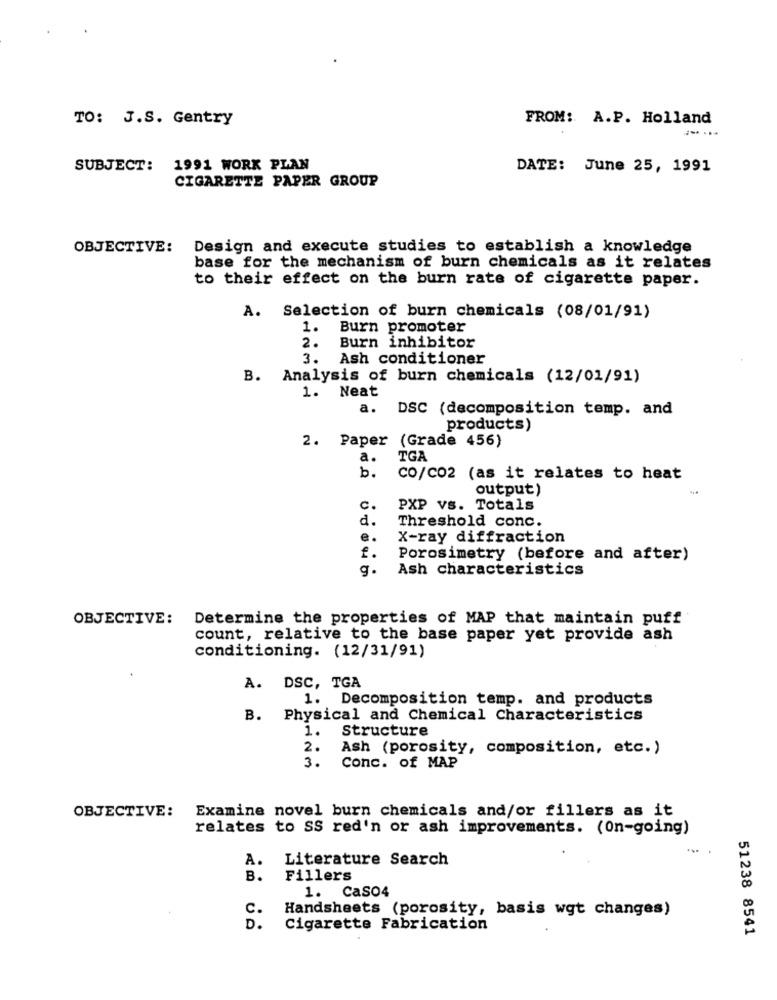
TO: J.S. Gentry
FROM: A.P. Holland
SUBJECT:
1991 WORK PLAN
DATE: June 25, 1991
CIGARETTE PAPER GROUP
OBJECTIVE:
Design and execute studies to establish a knowledge
base for the mechanism of burn chemicals as it relates
to their effect on the burn rate of cigarette paper.
A. Selection of burn chemicals (08/01/91)
1. Burn promoter
. Burn inhibitor
3. Ash conditioner
B. Analysis of burn chemicals (12/01/91)
1. Neat
a.
DSC (decomposition temp. and
products)
2. Paper (Grade 456)
a.
TGA
b.
CO/CO2 (as it relates to heat
output)
C.
PXP vs. Totals
d.
Threshold conc.
e.
X-ray diffraction
f.
Porosimetry (before and after)
g.
Ash characteristics
OBJECTIVE:
Determine the properties of MAP that maintain puff
count, relative to the base paper yet provide ash
conditioning. (12/31/91)
A. DSC, TGA
1. Decomposition temp. and products
B. Physical and Chemical Characteristics
1.
Structure
2.
Ash (porosity, composition, etc.)
3.
Conc. of MAP
Examine novel burn chemicals and/or fillers as it
OBJECTIVE:
relates to SS red'n or ash improvements. (on-going)
... .
Literature Search
A.
B.
Fillers
1. CaS04
c.
Handsheets (porosity, basis wgt changes)
D.
Cigarette Fabrication
51238 8541